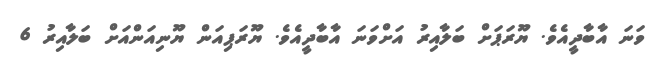
ވަނަ އާބާދީއެވެ. ޔޫރަޕަށް ބަލާއިރު އަށްވަނަ އާބާދީއެވެ. ޔޫރަޕިއަން ޔޫނިއަންއަށް ބަލާއިރު 6